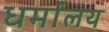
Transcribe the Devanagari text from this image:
धर्मालय